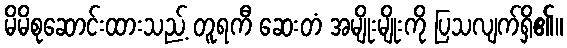
မိမိစုဆောင်းထားသည့် တူရကီ ဆေးတံ အမျိုးမျိုးကို ပြသလျက်ရှိ၏။